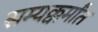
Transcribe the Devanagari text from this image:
सम्यक्कर्मांत